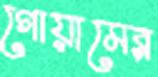
গোয়ামের